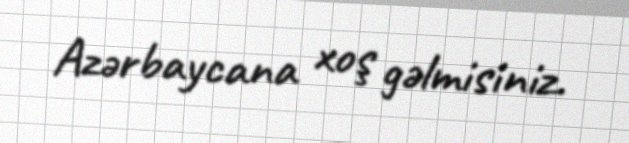
Azərbaycana xoş gəlmisiniz.